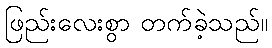
ဖြည်းလေးစွာ တက်ခဲ့သည်။